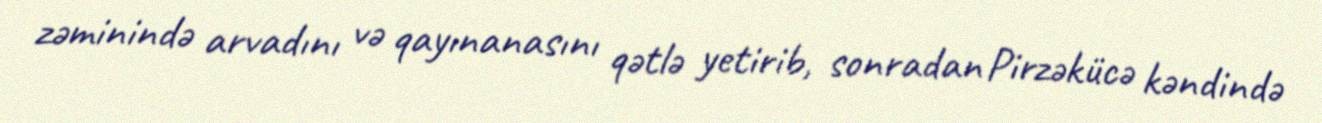
zəminində arvadını və qayınanasını qətlə yetirib, sonradan Pirzəkücə kəndində